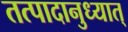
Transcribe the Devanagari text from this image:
तत्पादानुध्यात्